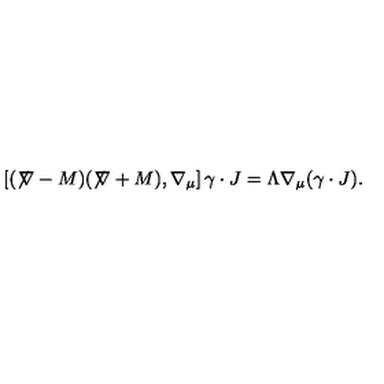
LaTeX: \left[ ( \not \! \nabla - M ) ( \not \! \nabla + M ) , \nabla _ { \mu } \right] \gamma \cdot J = \Lambda \nabla _ { \mu } ( \gamma \cdot J ) .